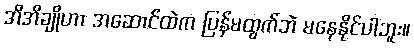
အိအိချိုဟာ အဆောင်ထဲက ပြန်မထွက်ဘဲ မနေနိုင်ပါဘူး။